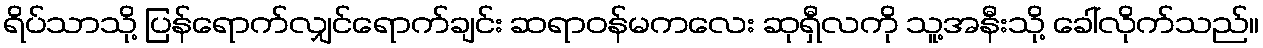
ရိပ်သာသို့ ပြန်ရောက်လျှင်ရောက်ချင်း ဆရာဝန်မကလေး ဆုရှီလကို သူ့အနီးသို့ ခေါ်လိုက်သည်။